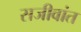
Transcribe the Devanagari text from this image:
सजीवांत